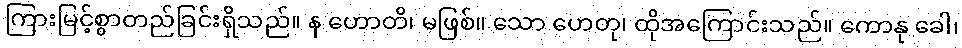
ကြားမြင့်စွာတည်ခြင်းရှိသည်။ န ဟောတိ၊ မဖြစ်။ သော ဟေတု၊ ထိုအကြောင်းသည်။ ကောနု ခေါ၊